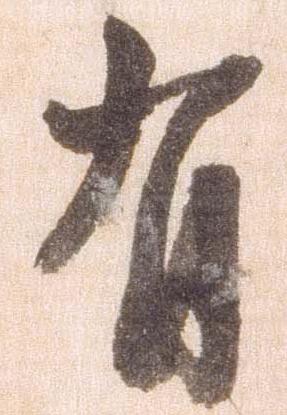
有